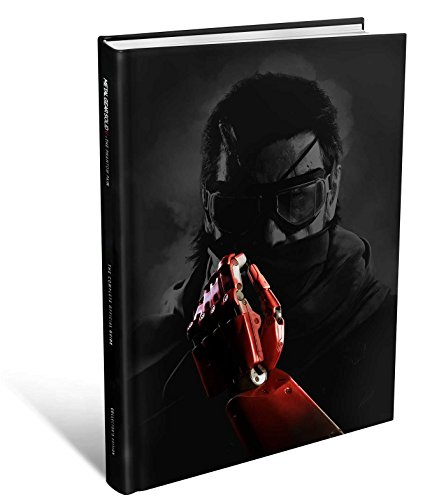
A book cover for Metal Gear Solid V: The Phantom Pain: The Complete Official Guide Collector's Edition; Piggyback; Humor & Entertainment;